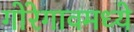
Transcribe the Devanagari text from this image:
गोरेगावमध्ये